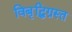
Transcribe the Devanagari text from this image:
विबृद्धिग्रस्त